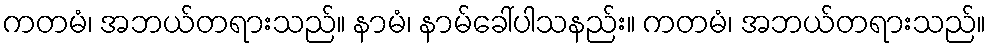
ကတမံ၊ အဘယ်တရားသည်။ နာမံ၊ နာမ်ခေါ်ပါသနည်း။ ကတမံ၊ အဘယ်တရားသည်။